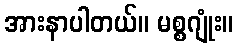
အားနာပါတယ်။ မစ္စဂျုံး။